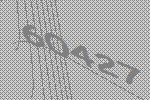
60427